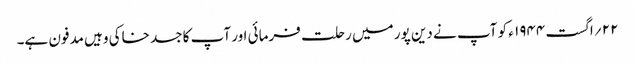
۲۲ ؍اگست ۱۹۴۴ ء کو آپ نے دین پور میں رحلت فرمائی اور آپ کا جسد خاکی وہیں مدفون ہے۔